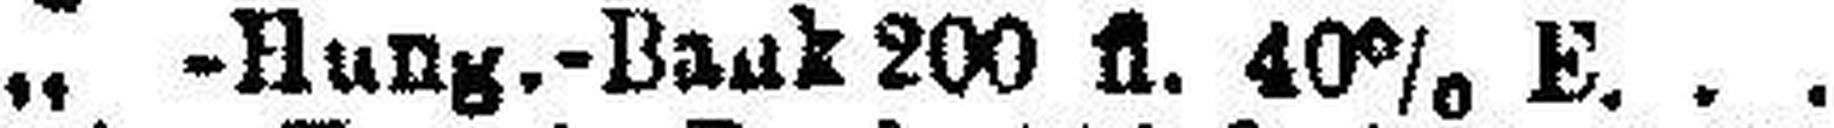
„ -Hung.-Bank 200 fl. 40% E.